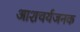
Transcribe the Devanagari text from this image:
आशचर्यजनक